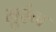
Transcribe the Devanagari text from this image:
मुरंग